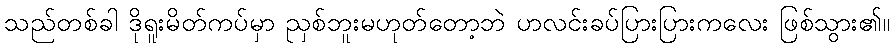
သည်တစ်ခါ ဒိုရူးမိတ်ကပ်မှာ ညှစ်ဘူးမဟုတ်တော့ဘဲ ပာလင်းခပ်ပြားပြားကလေး ဖြစ်သွား၏။